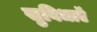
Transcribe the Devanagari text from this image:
सुविधाऍ